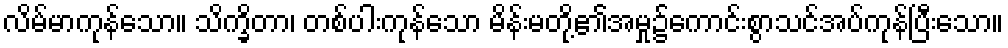
လိမ်မာကုန်သော။ သိက္ခိတာ၊ တစ်ပါးကုန်သော မိန်းမတို့၏အမှု၌ကောင်းစွာသင်အပ်ကုန်ပြီးသော။